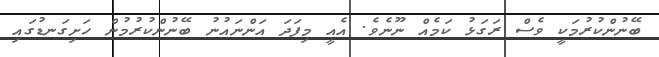
ބޭނުންކުރުމަކީ ވެސް ރަގަޅު ކަމެއް ނޫނެވެ. އެއީ މިފަދަ އަންނައުނު ބޭނުންކުރުމުން ހަށިގަނޑުގައި